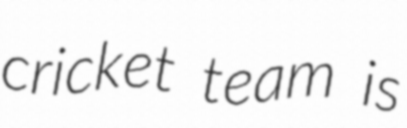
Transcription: cricket team is